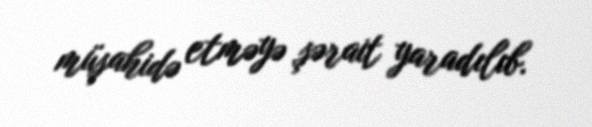
müşahidə etməyə şərait yaradılıb.